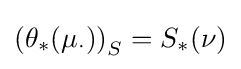
\left(\theta _{*}(\mu _{\cdot })\right)_{S}=S_{*}(\nu )